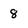
Character: 8